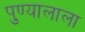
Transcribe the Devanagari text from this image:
पुण्यालाला